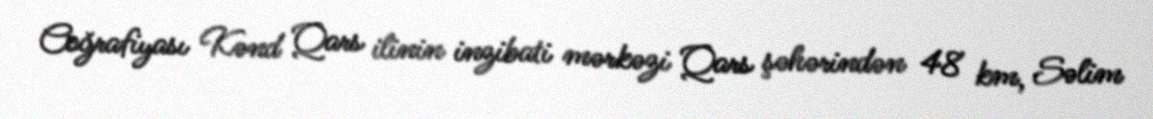
Coğrafiyası Kənd Qars ilinin inzibati mərkəzi Qars şəhərindən 48 km, Səlim